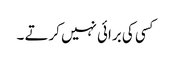
کسی کی برائی نہیں کرتے ۔